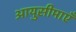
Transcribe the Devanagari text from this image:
आयुसीमाएँ